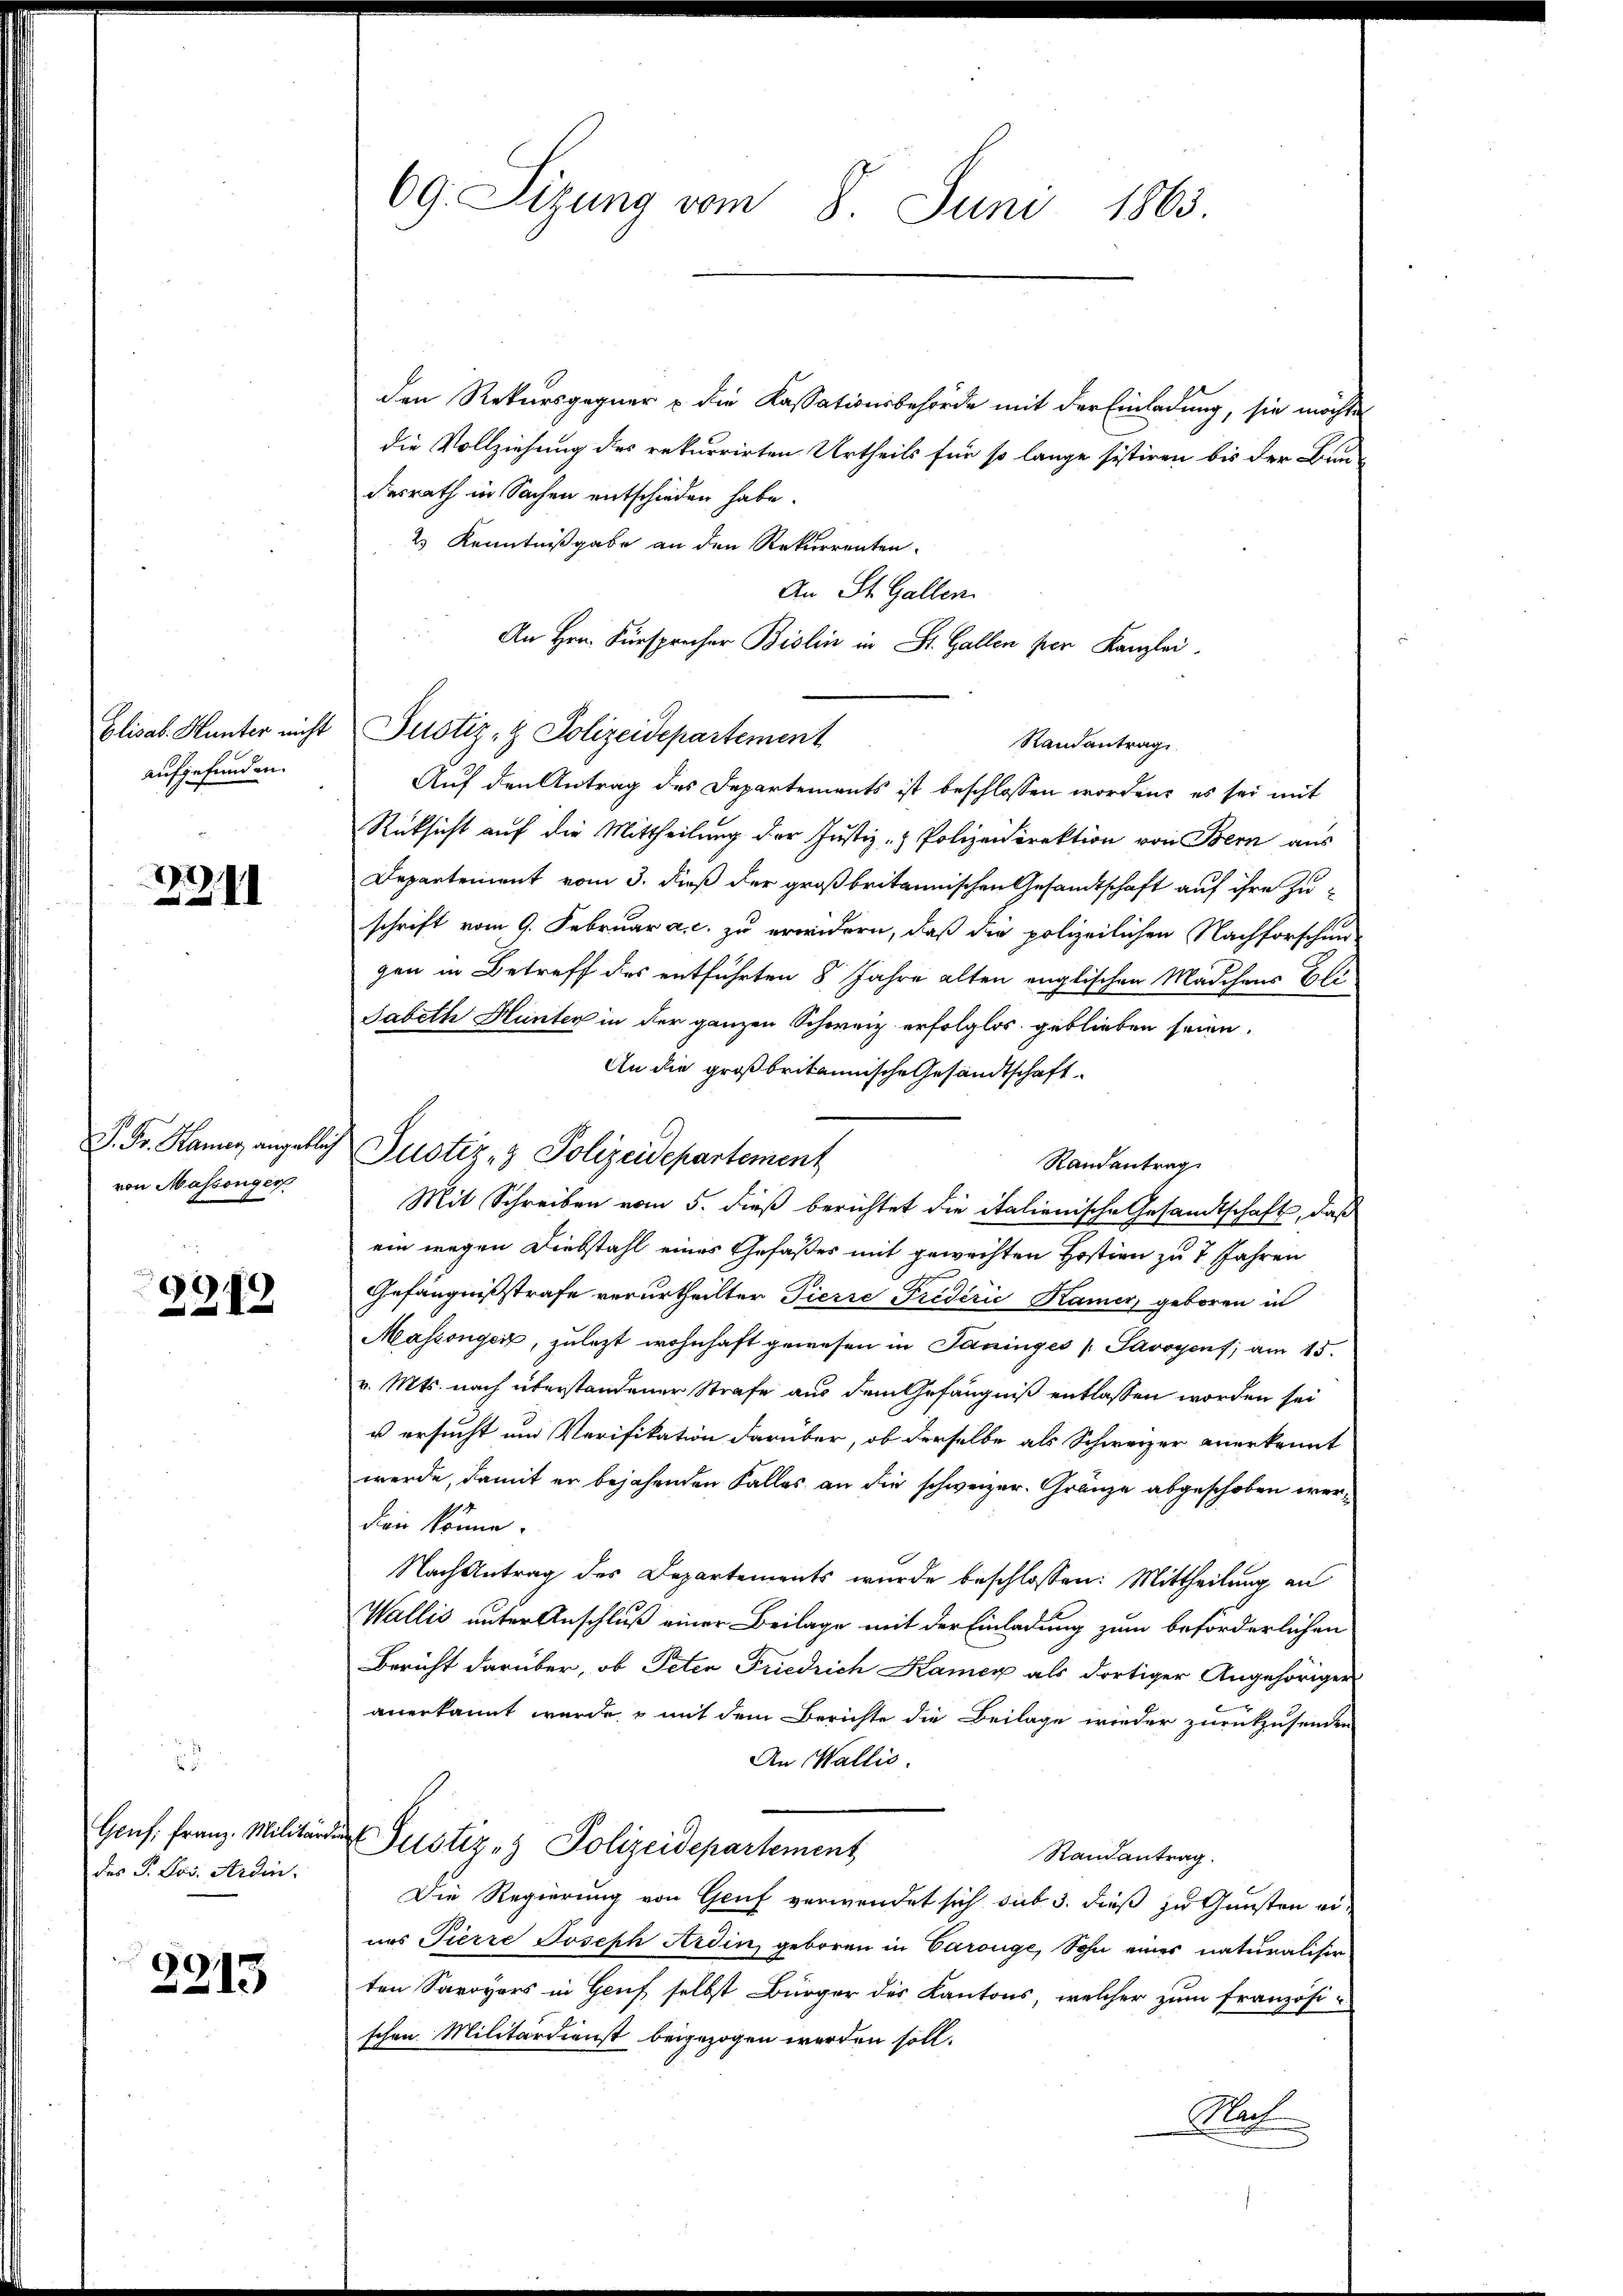
aufgefunden.

2211

von Massenger

2)
28x

8
des P. Los. Ardin.

2215

69. Sizung vom 8. Juni 1863.

den Rekursgegner u die Kassationsbehörde mit der Einladung, sie möchte
die Vollziehung des rekurrirten Urtheils für so lange sistiren bis der Bun-
desrath in Sachen entschieden habe.
2) Kenntnißgabe an den Rekurrenten.
An St. Gallen.
An Hrn. Fürsprecher Biolin in St. Gallen per Kanzlei.
Elisab. Hunter nicht Pustiz- & Polizeidepartement
Randantrag
Auf den Antrag des Departements ist beschlossen worden, es sei mit
Rücksicht auf die Mittheilung der Justiz- & Polizeidirektion von Bern aus
Departement vom 3. dieß der großbritannischen Gesandtschaft auf ihre Zuschrift vom 9. Februar a.c. zu erwidern, daß die polizeilichen Nachforschung
gen in Betreff des entführten 8 Jahre alten englischen Mädchens Bli
Sabeth Hinter in der ganzen Schweiz erfolglos geblieben seien.
An die großbritannische Gesandtschaft
Randantrag
Mit Schreiben vom 5. dieß berichtet die italienische Gesandtschaft, daß
ein wegen Diebstahl eines Gefäßes mit gewechten Hostien zu 7 Jahren
Gefängnißstrafe verurtheilten Pierre Triderić Kamer, geboren in
Massenger, zulezt wohnhaft gewesen in Paninges Savoyens; am 15.
v. Mts. nach überstandener Strafe aus dem Gefängniß entlassen worden sei
u ersucht und Verifikation darüber, ob derselbe als Schweizer anerkannt
werde, damit er bejahenden Falles an die schweizer. Gränze abgeschoben werdien könne.
Nach Antrag des Departements wurde beschlossen: Mittheilung an
Wallis unter Anschluß einer Beilage mit der Einladung zum beförderlichen
Bericht darüber, ob Peten Friedrich Kamer als dortiger Angehöriger
anerkannt wurde, & mit dem Berichte die Beilage wieder zurückzusenden
An Wallis.
Gens: Franz. Militär Justiz- & Polizeidepartement
Randantrag.
Die Regierung von Gruf verwendet sich sub 3. dieß zu Gunsten eines Pierre Joseph Ardin, geboren in Carouge, Sohn eines naturalisir-
ten Savoyers in Genf selbst Bürger des Kantons, welcher zum französi-
schen Militärdienst beigezogen werden soll.
Nach

P. Fr. Kanns angeblich Justiz- & Polizeidepartement